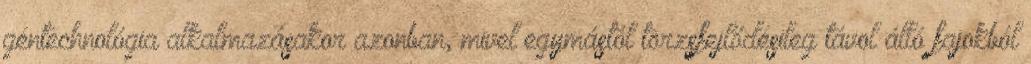
géntechnológia alkalmazásakor azonban, mivel egymástól törzsfejlődésileg távol álló fajokból